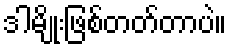
ဒါမျိုးဖြစ်တတ်တာပဲ။